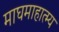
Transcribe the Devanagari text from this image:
माघमाहात्म्य